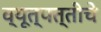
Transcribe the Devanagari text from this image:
व्यूत्पत्तीचे